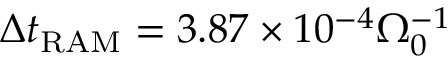
\Delta t _ { \mathrm { R A M } } = 3 . 8 7 \times 1 0 ^ { - 4 } \Omega _ { 0 } ^ { - 1 }